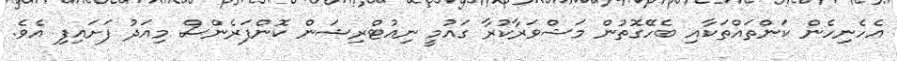
އެހެނިހެން ކަންތައްތަކާއި ބެހޭގޮތުން މަޝްވަރާކުރާ ގައުމީ ނިއުޓްރިޝަން ކޮންފަރެންސް މިއަދު ފަށައިފި އެވެ.